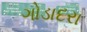
ગોડાદરા